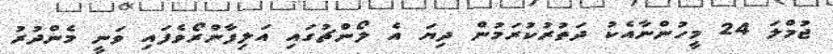
ޖުމްލަ 24 މީހުންނާއެކު ދަތުރުކުރަމުން ދިޔަ އެ ލޯންޗުގައި އަލިފާންރޯވެފައި ވަނީ މެންދުރު